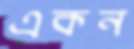
একন